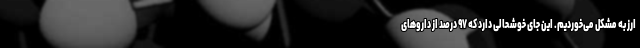
ارز به مشکل می‌خوردیم. این جای خوشحالی دارد که ۹۷ درصد از داروهای